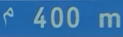
400 m